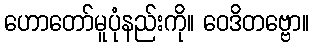
ဟောတော်မူပုံနည်းကို။ ဝေဒိတဗ္ဗော။